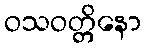
ဝသဝတ္တိနော